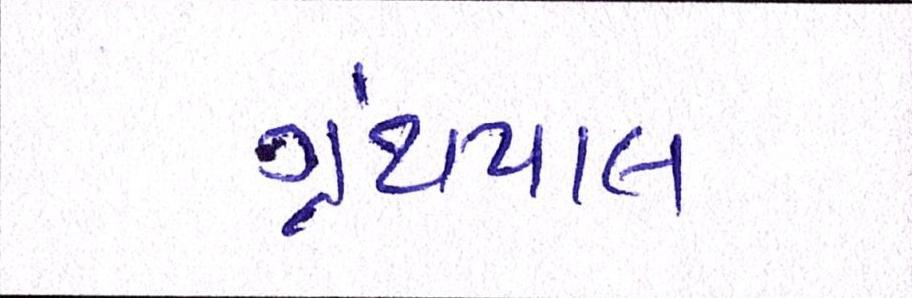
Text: ગ્રંથપાલ